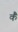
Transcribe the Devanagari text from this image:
कैं